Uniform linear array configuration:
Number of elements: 64
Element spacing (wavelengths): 1
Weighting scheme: uniform
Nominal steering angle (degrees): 30
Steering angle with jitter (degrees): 29.721
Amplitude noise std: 0.05
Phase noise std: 0.05

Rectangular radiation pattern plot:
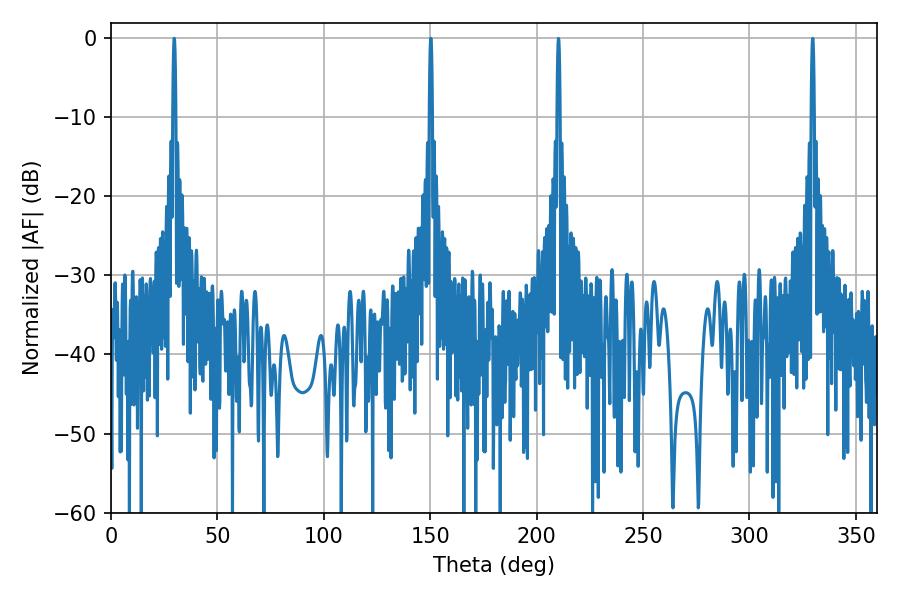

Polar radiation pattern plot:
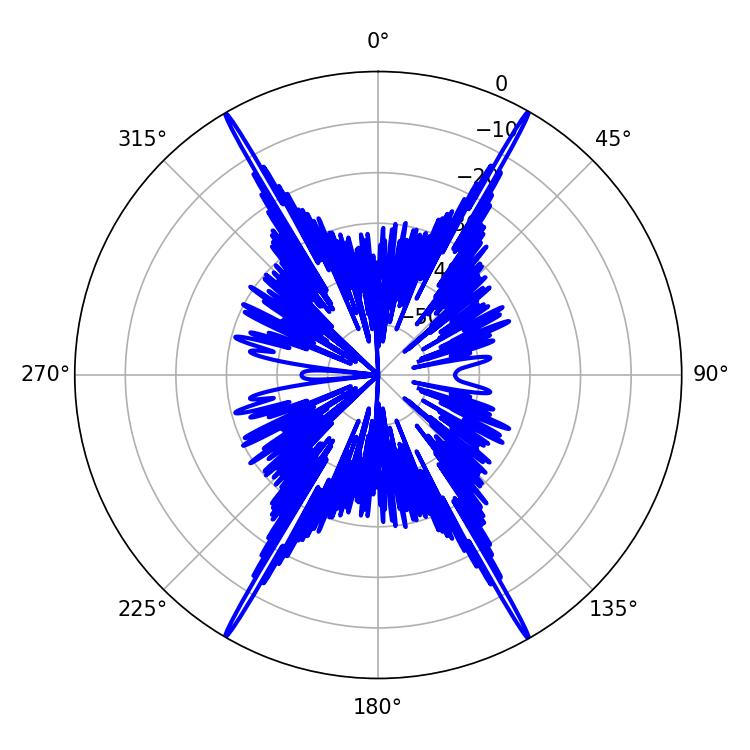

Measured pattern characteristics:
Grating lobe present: TRUE
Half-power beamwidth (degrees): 0.72
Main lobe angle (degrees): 29.7